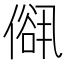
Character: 𠍠